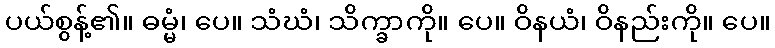
ပယ်စွန့်၏။ ဓမ္မံ၊ ပေ။ သံဃံ၊ သိက္ခာကို။ ပေ။ ဝိနယံ၊ ဝိနည်းကို။ ပေ။